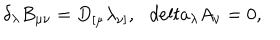
\delta _ { \lambda } B _ { \mu \nu } = D _ { [ \mu } \lambda _ { \nu ] } , \ \ \, d e l t a _ { \lambda } A _ { \nu } = 0 ,